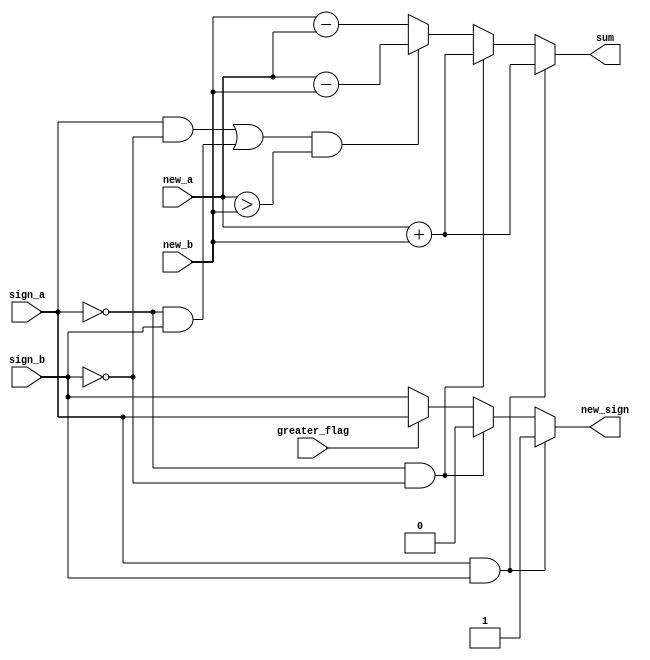
module c_adder1(sign_a,sign_b, new_a, new_b, sum, new_sign,greater_flag);

input [23:0]new_a,new_b;
input sign_a,sign_b,greater_flag;

reg [24:0]temp1,temp4,new_a_copy,new_b_copy,temp_r2;
reg [23:0]temp3,temp_r;
reg [25:0]temp2;

output reg new_sign;
output reg [24:0]sum;

always@(*)
begin
	if(sign_a == 1'b1 && sign_b == 1'b1)
	begin
	sum = new_a + new_b;
	new_sign = 1'b1;
	end

	else if(sign_a == 1'b0 && sign_b == 1'b0)
	begin
	sum = new_a + new_b;
	new_sign = 1'b0;
	end
	
	else if(((sign_a == 1'b1 && sign_b == 1'b0)||(sign_a == 1'b0 && sign_b == 1'b1)) && (new_a > new_b))
	begin
	sum = new_a - new_b;
	if(greater_flag == 1'b1)
	new_sign = sign_a;
	else
	new_sign = sign_b;
	end
	else
	begin
	sum = new_b - new_a;
	if(greater_flag == 1'b1)
	new_sign = sign_a;
	else
	new_sign = sign_b;
	end
	

end


endmodule